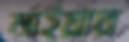
মাইয়ার